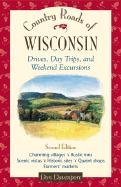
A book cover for Country Roads of Wisconsin : Drives, Day Trips, and Weekend Excursions; Don Davenport; Travel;